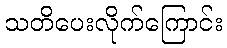
သတိပေးလိုက်ကြောင်း